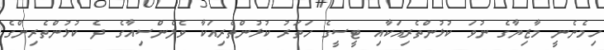
ހިމެނެނީ މާޒިޔާގެ ނުވަ ކުޅުންތެރިއަކާއި ޓީސީގެ ހަތަރު ކުޅުންތެރިއަކާ ވެލެންސިއާގެ ދެ ކުޅުންތެރިންގެ